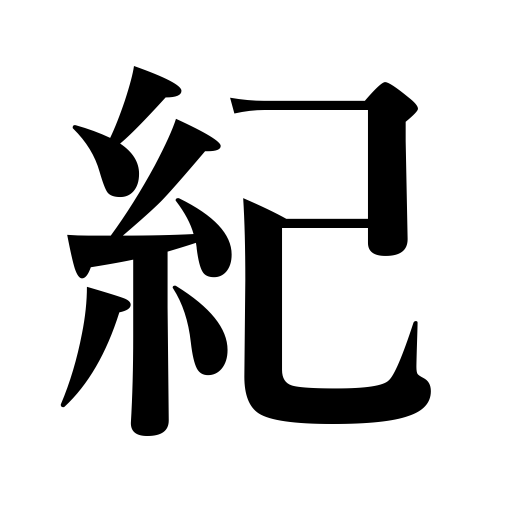
Meanings: narrative,history,account,geological period,annals